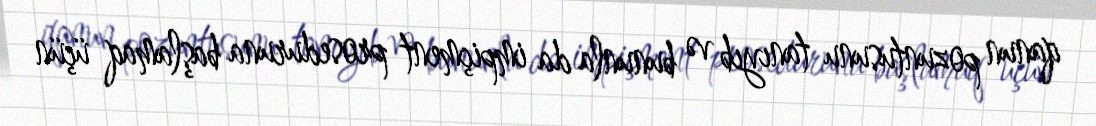
qanun pozuntusunu tanıyıb və bununla da impiçment proseduruna başlamaq üçün